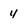
Character: 4